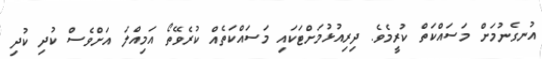
އުނގެނުމަށް މަސައްކަތް ކުރީމެވެ. ދިރިއުޅުމަށްޓަކައި މަސައްކަތެއް ކުރެވޭތޯ އަމިއްލަ އަށްވެސް ކުދި ކުދި